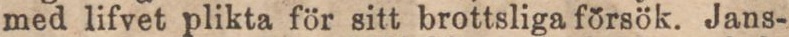
med lifvet plikta för sitt brottsliga försök. Jans-